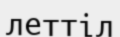
леттіл